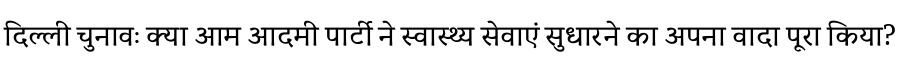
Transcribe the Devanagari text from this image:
दिल्ली चुनावः क्या आम आदमी पार्टी ने स्वास्थ्य सेवाएं सुधारने का अपना वादा पूरा किया?